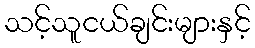
သင့်သူငယ်ချင်းများနှင့်